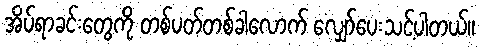
အိပ်ရာခင်းတွေကို တစ်ပတ်တစ်ခါလောက် လျှော်ပေးသင့်ပါတယ်။